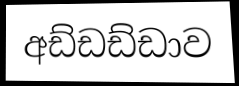
අඩ්ඩඩ්ඩාව